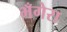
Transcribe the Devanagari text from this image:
भँगेरा